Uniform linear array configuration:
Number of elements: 24
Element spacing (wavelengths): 0.25
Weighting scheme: binomial
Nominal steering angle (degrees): -45
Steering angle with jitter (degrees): -45.147
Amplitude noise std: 0.05
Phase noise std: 0.05

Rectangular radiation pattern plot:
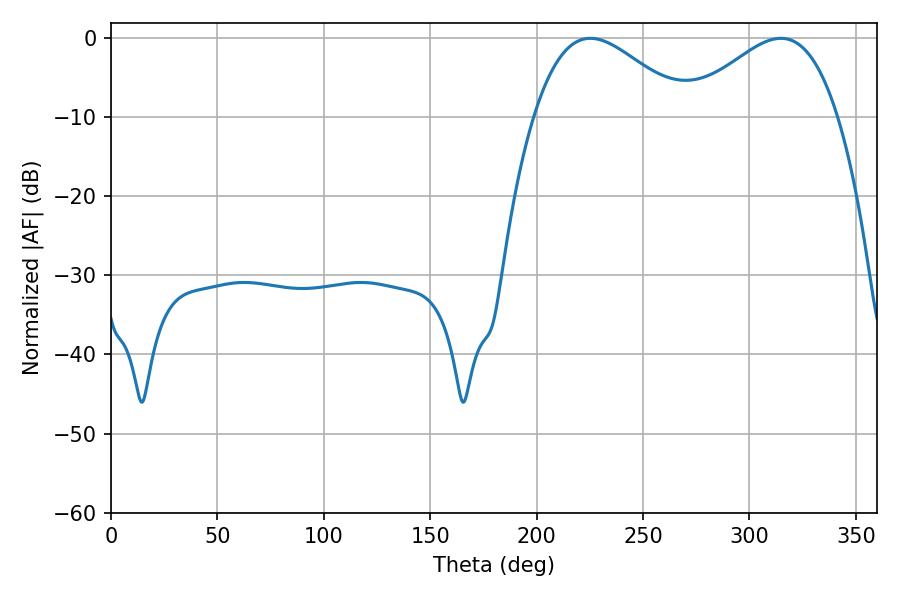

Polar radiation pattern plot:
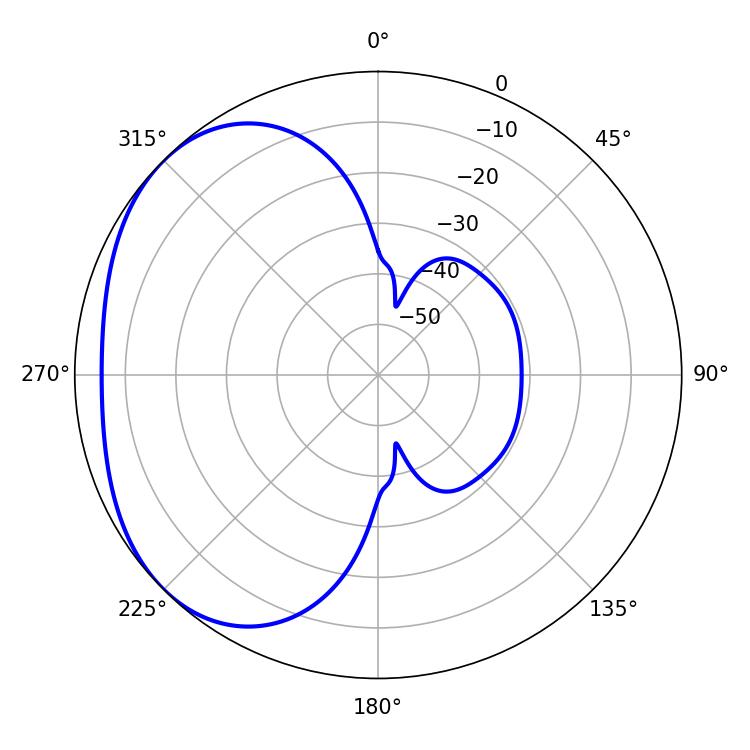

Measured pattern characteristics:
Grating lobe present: FALSE
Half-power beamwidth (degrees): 38.52
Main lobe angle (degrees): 225.18